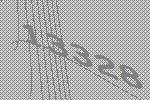
13328